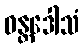
ဝန္တဒေါသံ